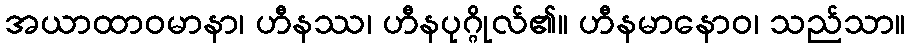
အယာထာဝမာနာ၊ ဟီနဿ၊ ဟီနပုဂ္ဂိုလ်၏။ ဟီနမာနောဝ၊ သည်သာ။